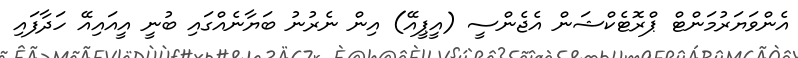
އެންވަޔަރުމަންޓް ޕްރޮޓެކްޝަން އެޖެންސީ (އީޕީއޭ) އިން ނެރުނު ބަޔާނެއްގައި ބުނީ އީއައިއޭ ހަދާފައި